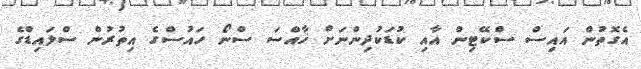
އެގޮތުން އައިސް ސްކޭޓިން އާއި ކުޑަކުދިންނަށް ޚާއްސަ ސްނޯ ހައުސްގެ އިތުރުން ސްލައިޑްގެ